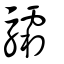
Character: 驦